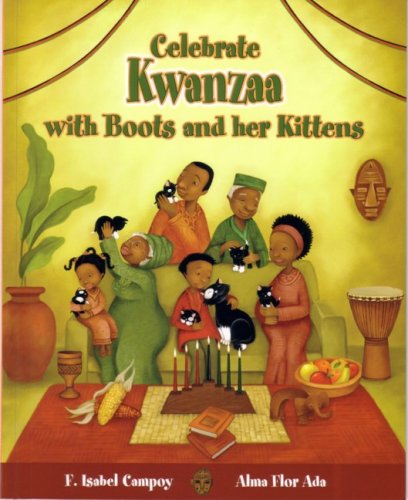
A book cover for Celebrate Kwanzaa with Boots and Her Kittens (Stories to Celebrate); Alma Flor Ada and F. Isabel Campoy; Children's Books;